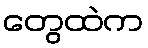
တွေထဲက